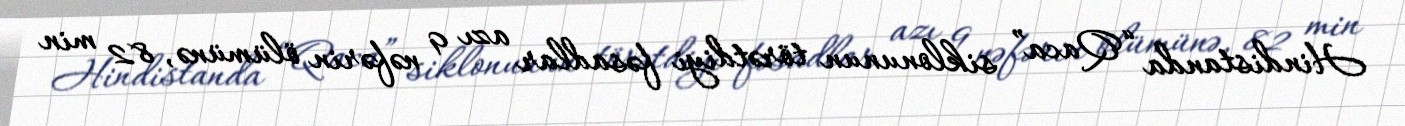
Hindistanda “Qaca” siklonunun törətdiyi fəsadlar azı 9 nəfərin ölümünə, 82 min